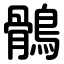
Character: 鶻